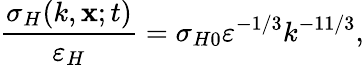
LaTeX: \frac{\sigma_{H}(k,{\mathbf{x};t})}{\varepsilon_{H}}=\sigma_{H0}\varepsilon^{-1/3}k^{-11/3},